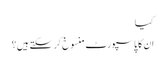
کیا
ان کا پاسپورٹ منسوخ کر سکتے ہیں؟